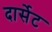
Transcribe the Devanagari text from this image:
दार्सेट